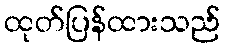
ထုတ်ပြန်ထားသည်